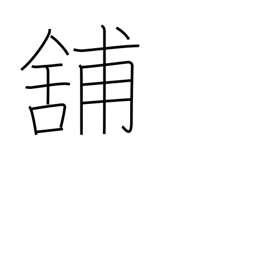
Meaning: store